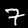
Label: 7